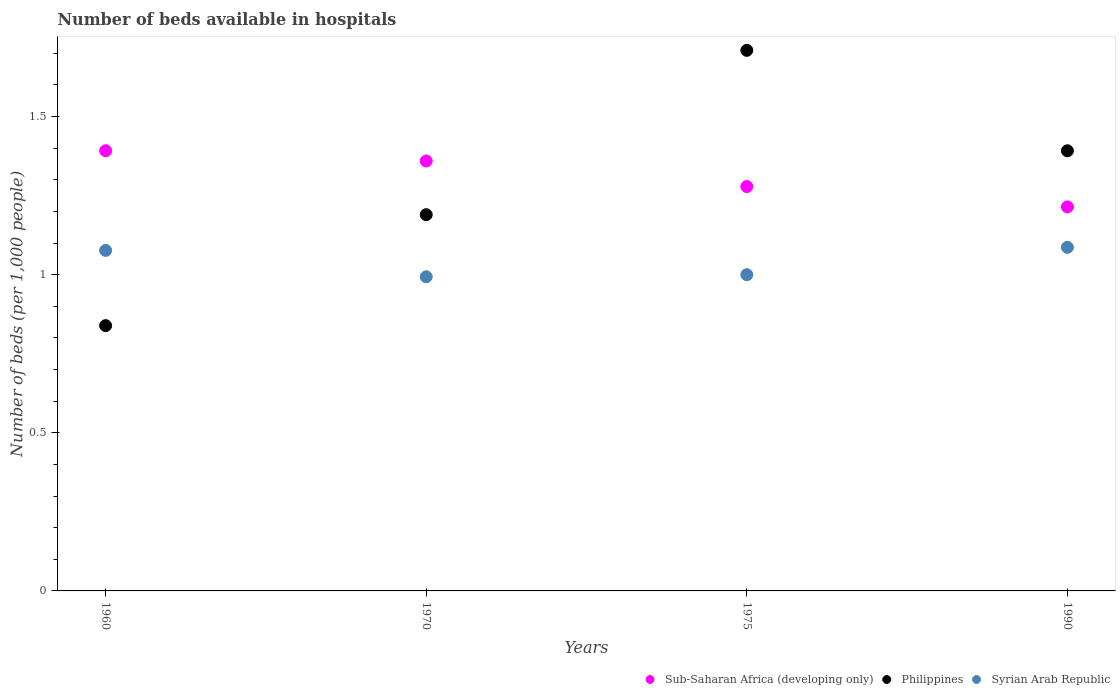
| Years | Sub-Saharan Africa (developing only) | Philippines | Syrian Arab Republic |
 | --- | --- | --- | --- |
 | 1960 | 1.39 | 0.839 | 1.08 |
 | 1970 | 1.36 | 1.19 | 0.993 |
 | 1975 | 1.28 | 1.71 | 1 |
 | 1990 | 1.21 | 1.39 | 1.09 |